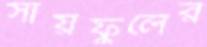
সায়ফুলের